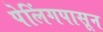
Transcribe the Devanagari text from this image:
पेलिंगपासून